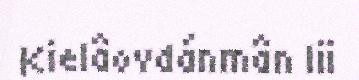
Kielâovdánmân lii